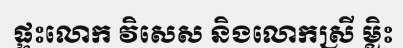
ផ្ទះលោក វិសេស និងលោកស្រី ម្លិះ